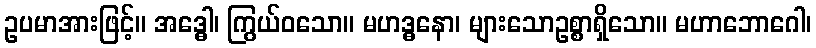
ဥပမာအားဖြင့်။ အဒ္ဓေါ၊ ကြွယ်ဝသော။ မဟဒ္ဓနော၊ များသောဥစ္စာရှိသော။ မဟာဘောဂေါ၊